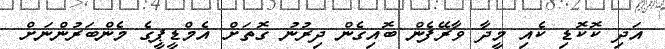
އަދި ކޮކޮޑި ކެއި މީދާ ވާރޭފެން ބޮއިގެން ދިރުނު ގޮތަށް އެމްޑީޕީގެ މެންބަރުންނަށް